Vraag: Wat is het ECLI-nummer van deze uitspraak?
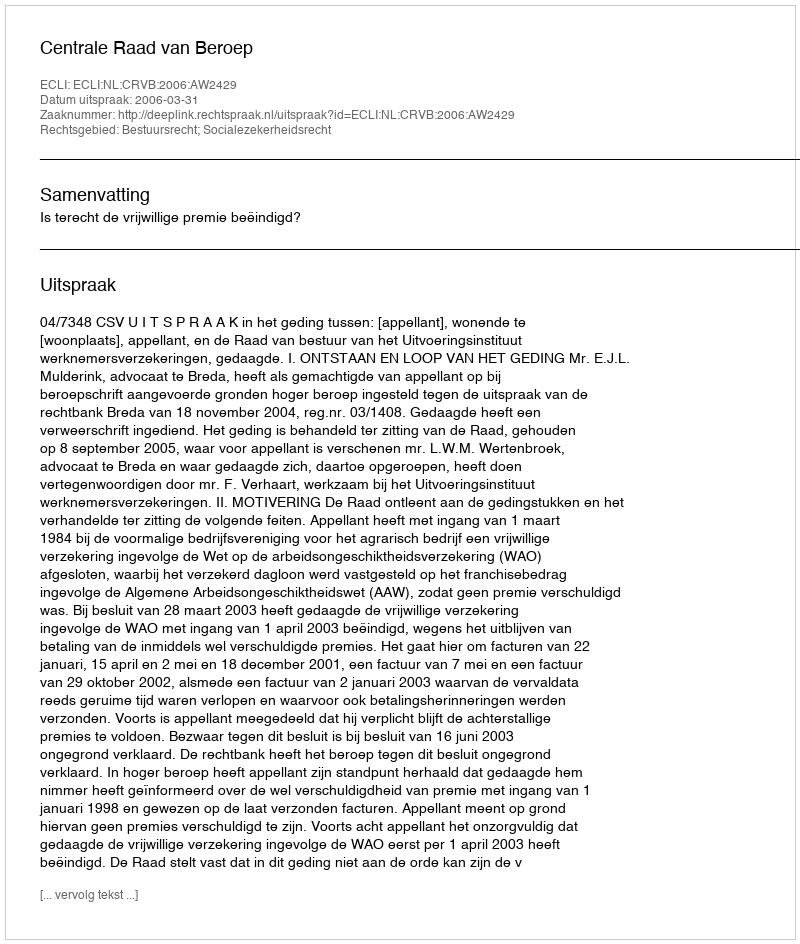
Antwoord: ECLI:NL:CRVB:2006:AW2429